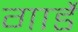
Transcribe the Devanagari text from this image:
गार्डे